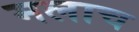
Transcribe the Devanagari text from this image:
मलाच